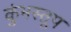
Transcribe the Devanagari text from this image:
कुंभस्तूप